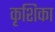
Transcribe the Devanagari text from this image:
कृशिका